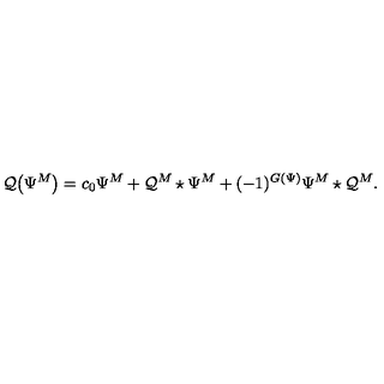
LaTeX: \mathcal { Q } \big ( \Psi ^ { M } \big ) = c _ { 0 } \Psi ^ { M } + \mathcal { Q } ^ { M } \star \Psi ^ { M } + ( - 1 ) ^ { G ( \Psi ) } \Psi ^ { M } \star \mathcal { Q } ^ { M } .